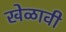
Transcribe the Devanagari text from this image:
खेळावी